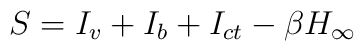
S = I_v + I_b + I_{ct}-\beta H_\infty